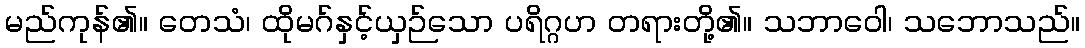
မည်ကုန်၏။ တေသံ၊ ထိုမဂ်နှင့်ယှဉ်သော ပရိဂ္ဂဟ တရားတို့၏။ သဘာဝေါ၊ သဘောသည်။